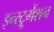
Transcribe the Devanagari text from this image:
इन्‍स्ट्रूमेंशन